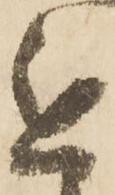
進